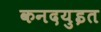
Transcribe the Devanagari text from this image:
कनदयुइत